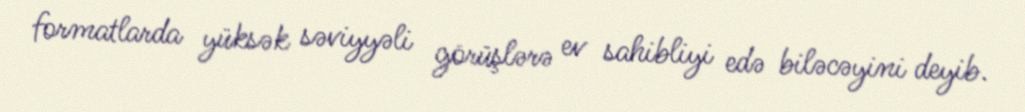
formatlarda yüksək səviyyəli görüşlərə ev sahibliyi edə biləcəyini deyib.